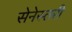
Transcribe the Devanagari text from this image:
सेनेस्तरी